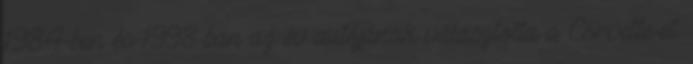
1984-ben és 1998-ban az év autójának választotta a Corvette-et.